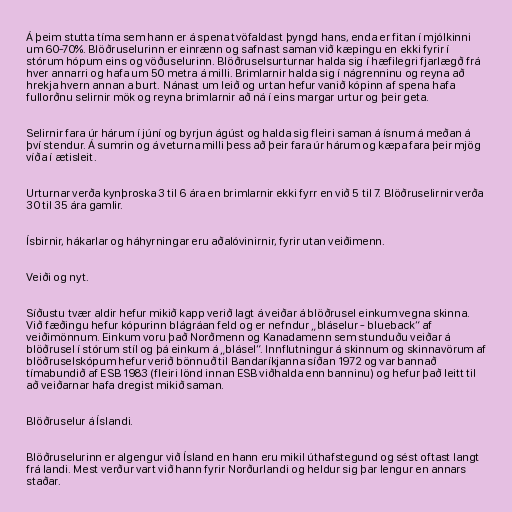
Á þeim stutta tíma sem hann er á spena tvöfaldast þyngd hans, enda er fitan í mjólkinni
um 60-70%. Blöðruselurinn er einrænn og safnast saman við kæpingu en ekki fyrir í
stórum hópum eins og vöðuselurinn. Blöðruselsurturnar halda sig í hæfilegri fjarlægð frá
hver annarri og hafa um 50 metra á milli. Brimlarnir halda sig í nágrenninu og reyna að
hrekja hvern annan a burt. Nánast um leið og urtan hefur vanið kópinn af spena hafa
fullorðnu selirnir mök og reyna brimlarnir að ná í eins margar urtur og þeir geta.

Selirnir fara úr hárum í júní og byrjun ágúst og halda sig fleiri saman á ísnum á meðan á
því stendur. Á sumrin og á veturna milli þess að þeir fara úr hárum og kæpa fara þeir mjög
víða í ætisleit.

Urturnar verða kynþroska 3 til 6 ára en brimlarnir ekki fyrr en við 5 til 7. Blöðruselirnir verða
30 til 35 ára gamlir.

Ísbirnir, hákarlar og háhyrningar eru aðalóvinirnir, fyrir utan veiðimenn.

Veiði og nyt.

Síðustu tvær aldir hefur mikið kapp verið lagt á veiðar á blöðrusel einkum vegna skinna.
Við fæðingu hefur kópurinn blágráan feld og er nefndur „bláselur - blueback“ af
veiðimönnum. Einkum voru það Norðmenn og Kanadamenn sem stunduðu veiðar á
blöðrusel í stórum stíl og þá einkum á „blásel“. Innflutningur á skinnum og skinnavörum af
blöðruselskópum hefur verið bönnuð til Bandaríkjanna síðan 1972 og var bannað
tímabundið af ESB 1983 (fleiri lönd innan ESB viðhalda enn banninu) og hefur það leitt til
að veiðarnar hafa dregist mikið saman.

Blöðruselur á Íslandi.

Blöðruselurinn er algengur við Ísland en hann eru mikil úthafstegund og sést oftast langt
frá landi. Mest verður vart við hann fyrir Norðurlandi og heldur sig þar lengur en annars
staðar.